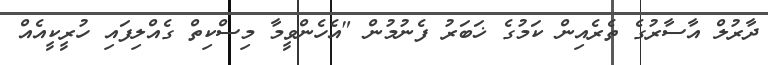
ދާރުލް އާސާރުގެ ތެރެއިން ކަމުގެ ޚަބަރު ފެނުމުން "އެހެންވީމާ މިސްކިތް ގެއްލިފައި ހުރީކީއެއް